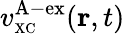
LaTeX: v_{\scriptscriptstyle\mathrm{XC}}^{\mathrm{A-ex}}({\mathbf r},t)